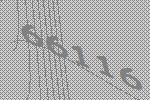
66116